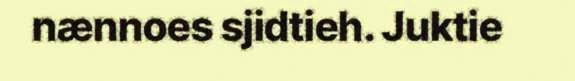
nænnoes sjidtieh. Juktie